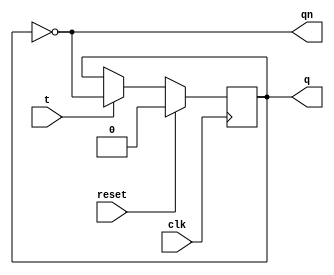
module TFlipFlop(
    input t,
  input reset,
    input clk,
    output reg q,qn
);
  
  assign qn = ~q;

    always @(posedge clk) begin
        if(reset==1)
      q=0;
      else if(t==1)
      q<=~q;   
    else 
       q<=q;
    end
endmodule